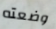
وضعته